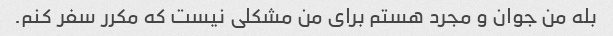
بله من جوان و مجرد هستم برای من مشکلی نیست که مکرر سفر کنم.